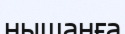
нышанға